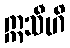
ဣသီဟိ